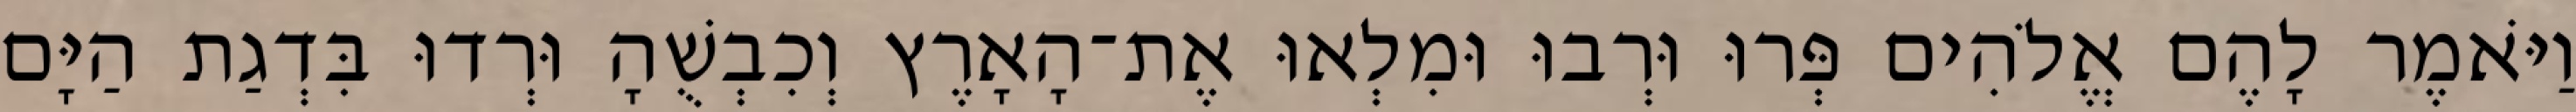
וַיֹּאמֶר לָהֶם אֱלֹהִים פְּרוּ וּרְבוּ וּמִלְאוּ אֶת־הָאָרֶץ וְכִבְשֻׁהָ וּרְדוּ בִּדְגַת הַיָּם